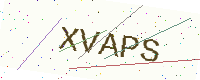
Text: XVAPS